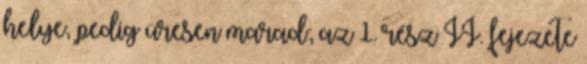
helye, pedig üresen marad; az 1. rész II. fejezete